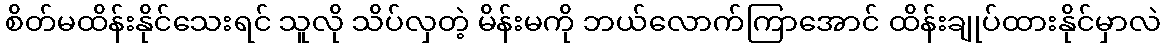
စိတ်မထိန်းနိုင်သေးရင် သူလို သိပ်လှတဲ့ မိန်းမကို ဘယ်လောက်ကြာအောင် ထိန်းချုပ်ထားနိုင်မှာလဲ